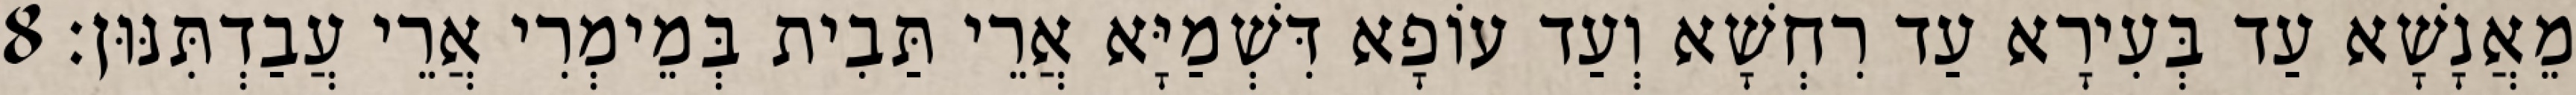
מֵאֲנָשָׁא עַד בְּעִירָא עַד רִחְשָׁא וְעַד עוֹפָא דִּשְׁמַיָּא אֲרֵי תַּבִית בְּמֵימְרִי אֲרֵי עֲבַדְתִּנּוּן׃ 8